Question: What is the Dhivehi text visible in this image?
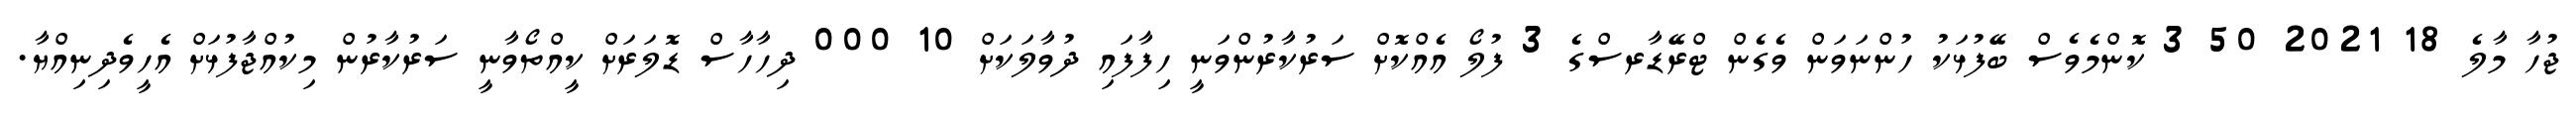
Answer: ޖުހާ މާލެ 18 2021 50 3 ކޮންމެވެސް ބޭފުޅަކު ހުންނަވަން ވެގެން ޓްރޭޑާރސްގެ 3 ފުލޯ އެއްކޮށް ސަރުކާރުންވަނީ ހިފާފައި ދުވާލަކަށް 10 000 ދިހާހާސް ޑޮލަރަށް ކީއްތޯވާނީ ސަރުކާރުން މިކުއްޖާފުޅަށް އެހީވެދިނިއްޔާ.